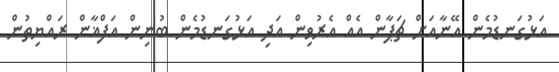
އަޅުގަނޑުމެން އޭނާއަށް ޗަޕާން އެއް އެރުވިން އަދި އަޅުގަނޑުމެން ބުނިން އަފްޣާން ރައްޔިތުން